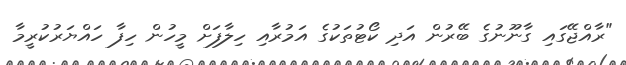
"ރާއްޖޭގައި ގާނޫނުގެ ބޭރުން އަދި ކޯޓުތަކުގެ އަމުރާއި ހިލާފަށް މީހުން ހިފާ ހައްޔަރުކުރީމާ